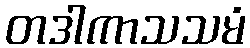
တဒါကာသသမံ